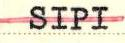
SIPI